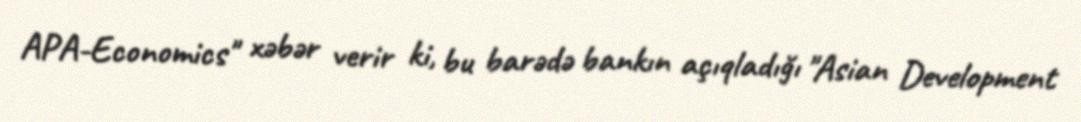
APA-Economics" xəbər verir ki, bu barədə bankın açıqladığı "Asian Development